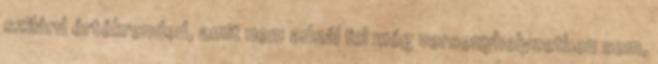
szilárd értékrended, amit nem adnál fel még versenyhelyzetben sem,